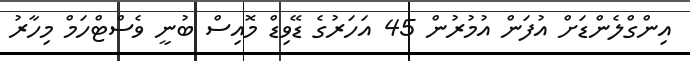
އިންގްލެންޑަށް އުފަން އުމުރުން 45 އަހަރުގެ ޑޭވިޑް މޮއިސް ބުނީ ވެސްޓްހަމް މިހާރު